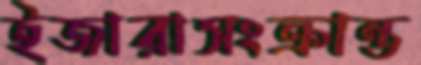
ইজারাসংক্রান্ত